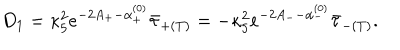
D _ { 1 } = \kappa _ { 5 } ^ { 2 } e ^ { - 2 A _ { + } - \alpha _ { + } ^ { ( 0 ) } } \bar { \tau } _ { + ( T ) } = - \kappa _ { 5 } ^ { 2 } e ^ { - 2 A _ { -- } \alpha _ { - } ^ { ( 0 ) } } \bar { \tau } _ { - ( T ) } .